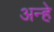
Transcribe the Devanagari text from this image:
अन्हे